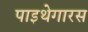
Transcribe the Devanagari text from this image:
पाइथेगारस